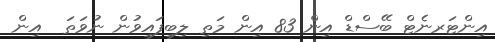
އިންޓަރނެޓް ބޭސްޑް އިން 83 އިން މަތި ލިބިފައިވުން ނުވަތަ  އިން